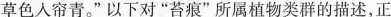
草色入帘青。”以下对”苔痕”所属植物类群的描述，正